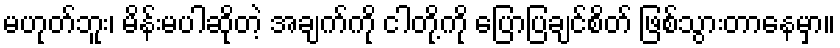
မဟုတ်ဘူး၊ မိန်းမပါဆိုတဲ့ အချက်ကို ငါတို့ကို ပြောပြချင်စိတ် ဖြစ်သွားတာနေမှာ။